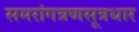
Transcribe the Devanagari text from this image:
समरांगत्रणसूत्रधार